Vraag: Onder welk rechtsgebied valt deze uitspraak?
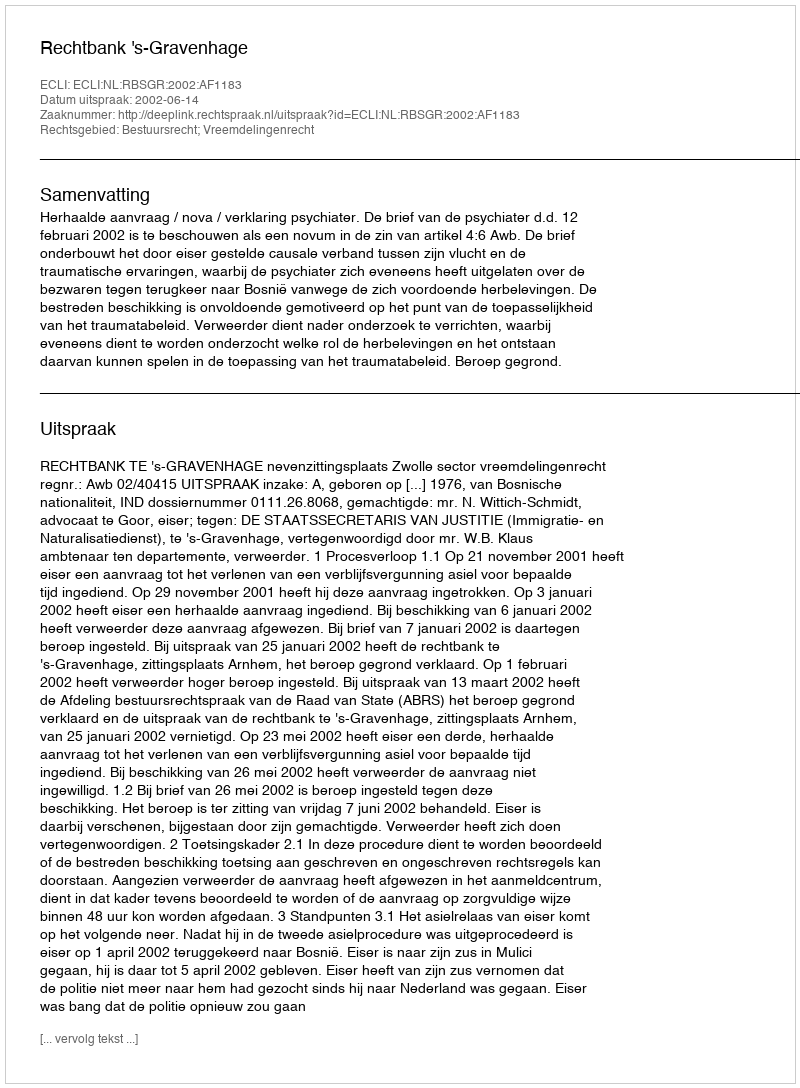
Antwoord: Bestuursrecht; Vreemdelingenrecht